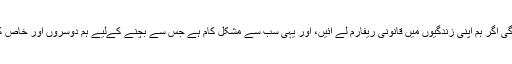
پولیس ریفارمز کی ضرورت ہی نہ رہے گی اگر ہم اپنی زندگیوں میں قانونی ریفارم لے آئیں، اور یہی سب سے مشکل کام ہے جس سے بچنے کےلیے ہم دوسروں اور خاص کر پولیس میں ریفارمز لانے پر مصر ہیں۔